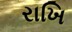
રાખિ